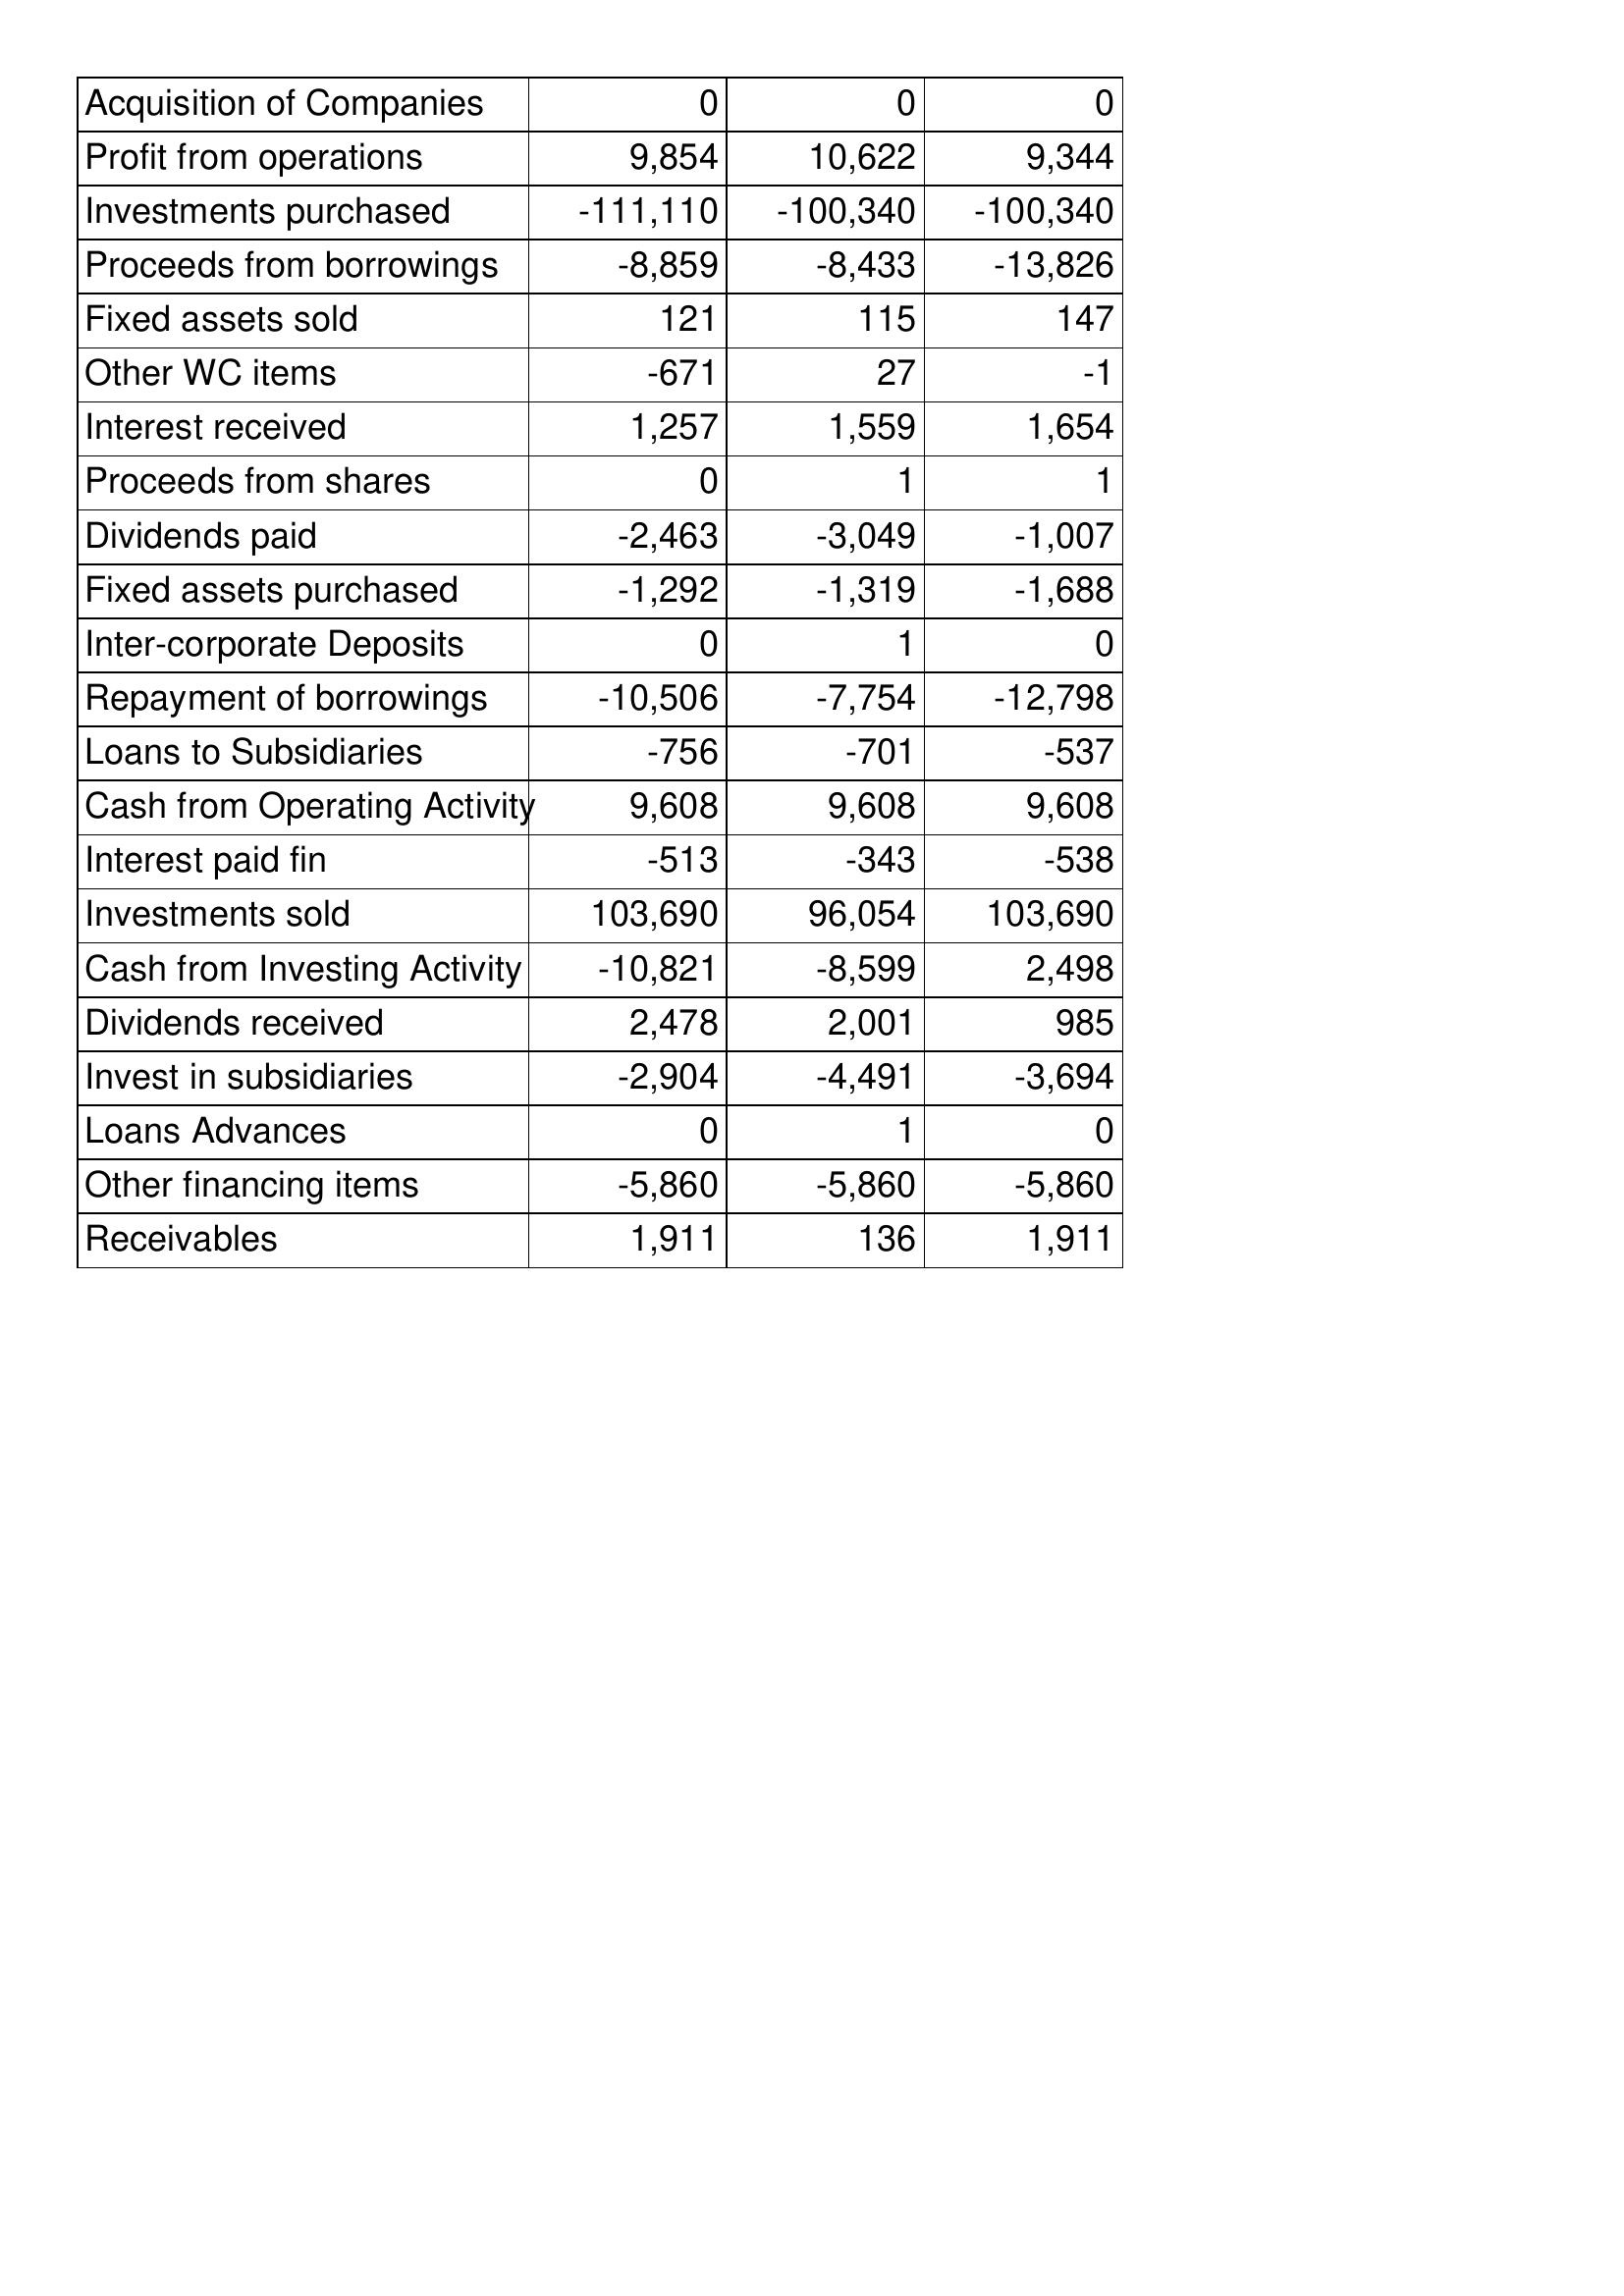
May-93: Cash Flows: Acquisition of Companies: 0
Profit from operations: 9,854
Investments purchased: -111,110
Proceeds from borrowings: -8,859
Fixed assets sold: 121
Other WC items: -671
Interest received: 1,257
Proceeds from shares: 0
Dividends paid: -2,463
Fixed assets purchased: -1,292
Inter-corporate Deposits: 0
Repayment of borrowings: -10,506
Loans to Subsidiaries: -756
Cash from Operating Activity: 9,608
Interest paid fin: -513
Investments sold: 103,690
Cash from Investing Activity: -10,821
Dividends received: 2,478
Invest in subsidiaries: -2,904
Loans Advances: 0
Other financing items: -5,860
Receivables: 1,911
May-92: Cash Flows: Acquisition of Companies: 0
Profit from operations: 10,622
Investments purchased: -100,340
Proceeds from borrowings: -8,433
Fixed assets sold: 115
Other WC items: 27
Interest received: 1,559
Proceeds from shares: 1
Dividends paid: -3,049
Fixed assets purchased: -1,319
Inter-corporate Deposits: 1
Repayment of borrowings: -7,754
Loans to Subsidiaries: -701
Cash from Operating Activity: 9,608
Interest paid fin: -343
Investments sold: 96,054
Cash from Investing Activity: -8,599
Dividends received: 2,001
Invest in subsidiaries: -4,491
Loans Advances: 1
Other financing items: -5,860
Receivables: 136
May-91: Cash Flows: Acquisition of Companies: 0
Profit from operations: 9,344
Investments purchased: -100,340
Proceeds from borrowings: -13,826
Fixed assets sold: 147
Other WC items: -1
Interest received: 1,654
Proceeds from shares: 1
Dividends paid: -1,007
Fixed assets purchased: -1,688
Inter-corporate Deposits: 0
Repayment of borrowings: -12,798
Loans to Subsidiaries: -537
Cash from Operating Activity: 9,608
Interest paid fin: -538
Investments sold: 103,690
Cash from Investing Activity: 2,498
Dividends received: 985
Invest in subsidiaries: -3,694
Loans Advances: 0
Other financing items: -5,860
Receivables: 1,911